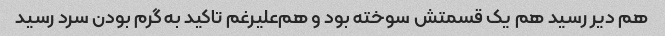
هم دیر رسید هم یک قسمتش سوخته بود و هم‌علیرغم تاکید به گرم بودن سرد رسید